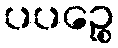
ပပဉ္စေ